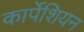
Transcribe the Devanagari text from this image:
कार्पेशियन